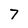
Character: 7